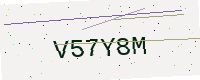
Text: V57Y8M